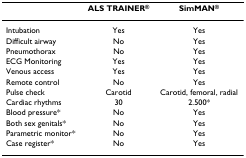
|  | ALS TRAINER® | SimMAN® |
 | --- | --- | --- |
 | Intubation | Yes | Yes |
 | Difficult airway | No | Yes |
 | Pneumothorax | No | Yes |
 | ECG Monitoring | Yes | Yes |
 | Venous access | Yes | Yes |
 | Remote control | No | Yes |
 | Pulse check | Carotid | Carotid, femoral, radial |
 | Cardiac rhythms | 30 | 2.500* |
 | Blood pressure* | No | Yes |
 | Both sex genitals* | No | Yes |
 | Parametric monitor* | No | Yes |
 | Case register* | No | Yes |